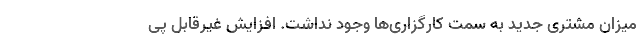
میزان مشتری جدید به سمت کارگزاری‌ها وجود نداشت. افزایش غیرقابل پی